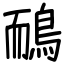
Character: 鴯